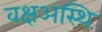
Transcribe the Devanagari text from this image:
वक्षअस्थि